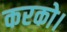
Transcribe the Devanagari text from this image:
करको।